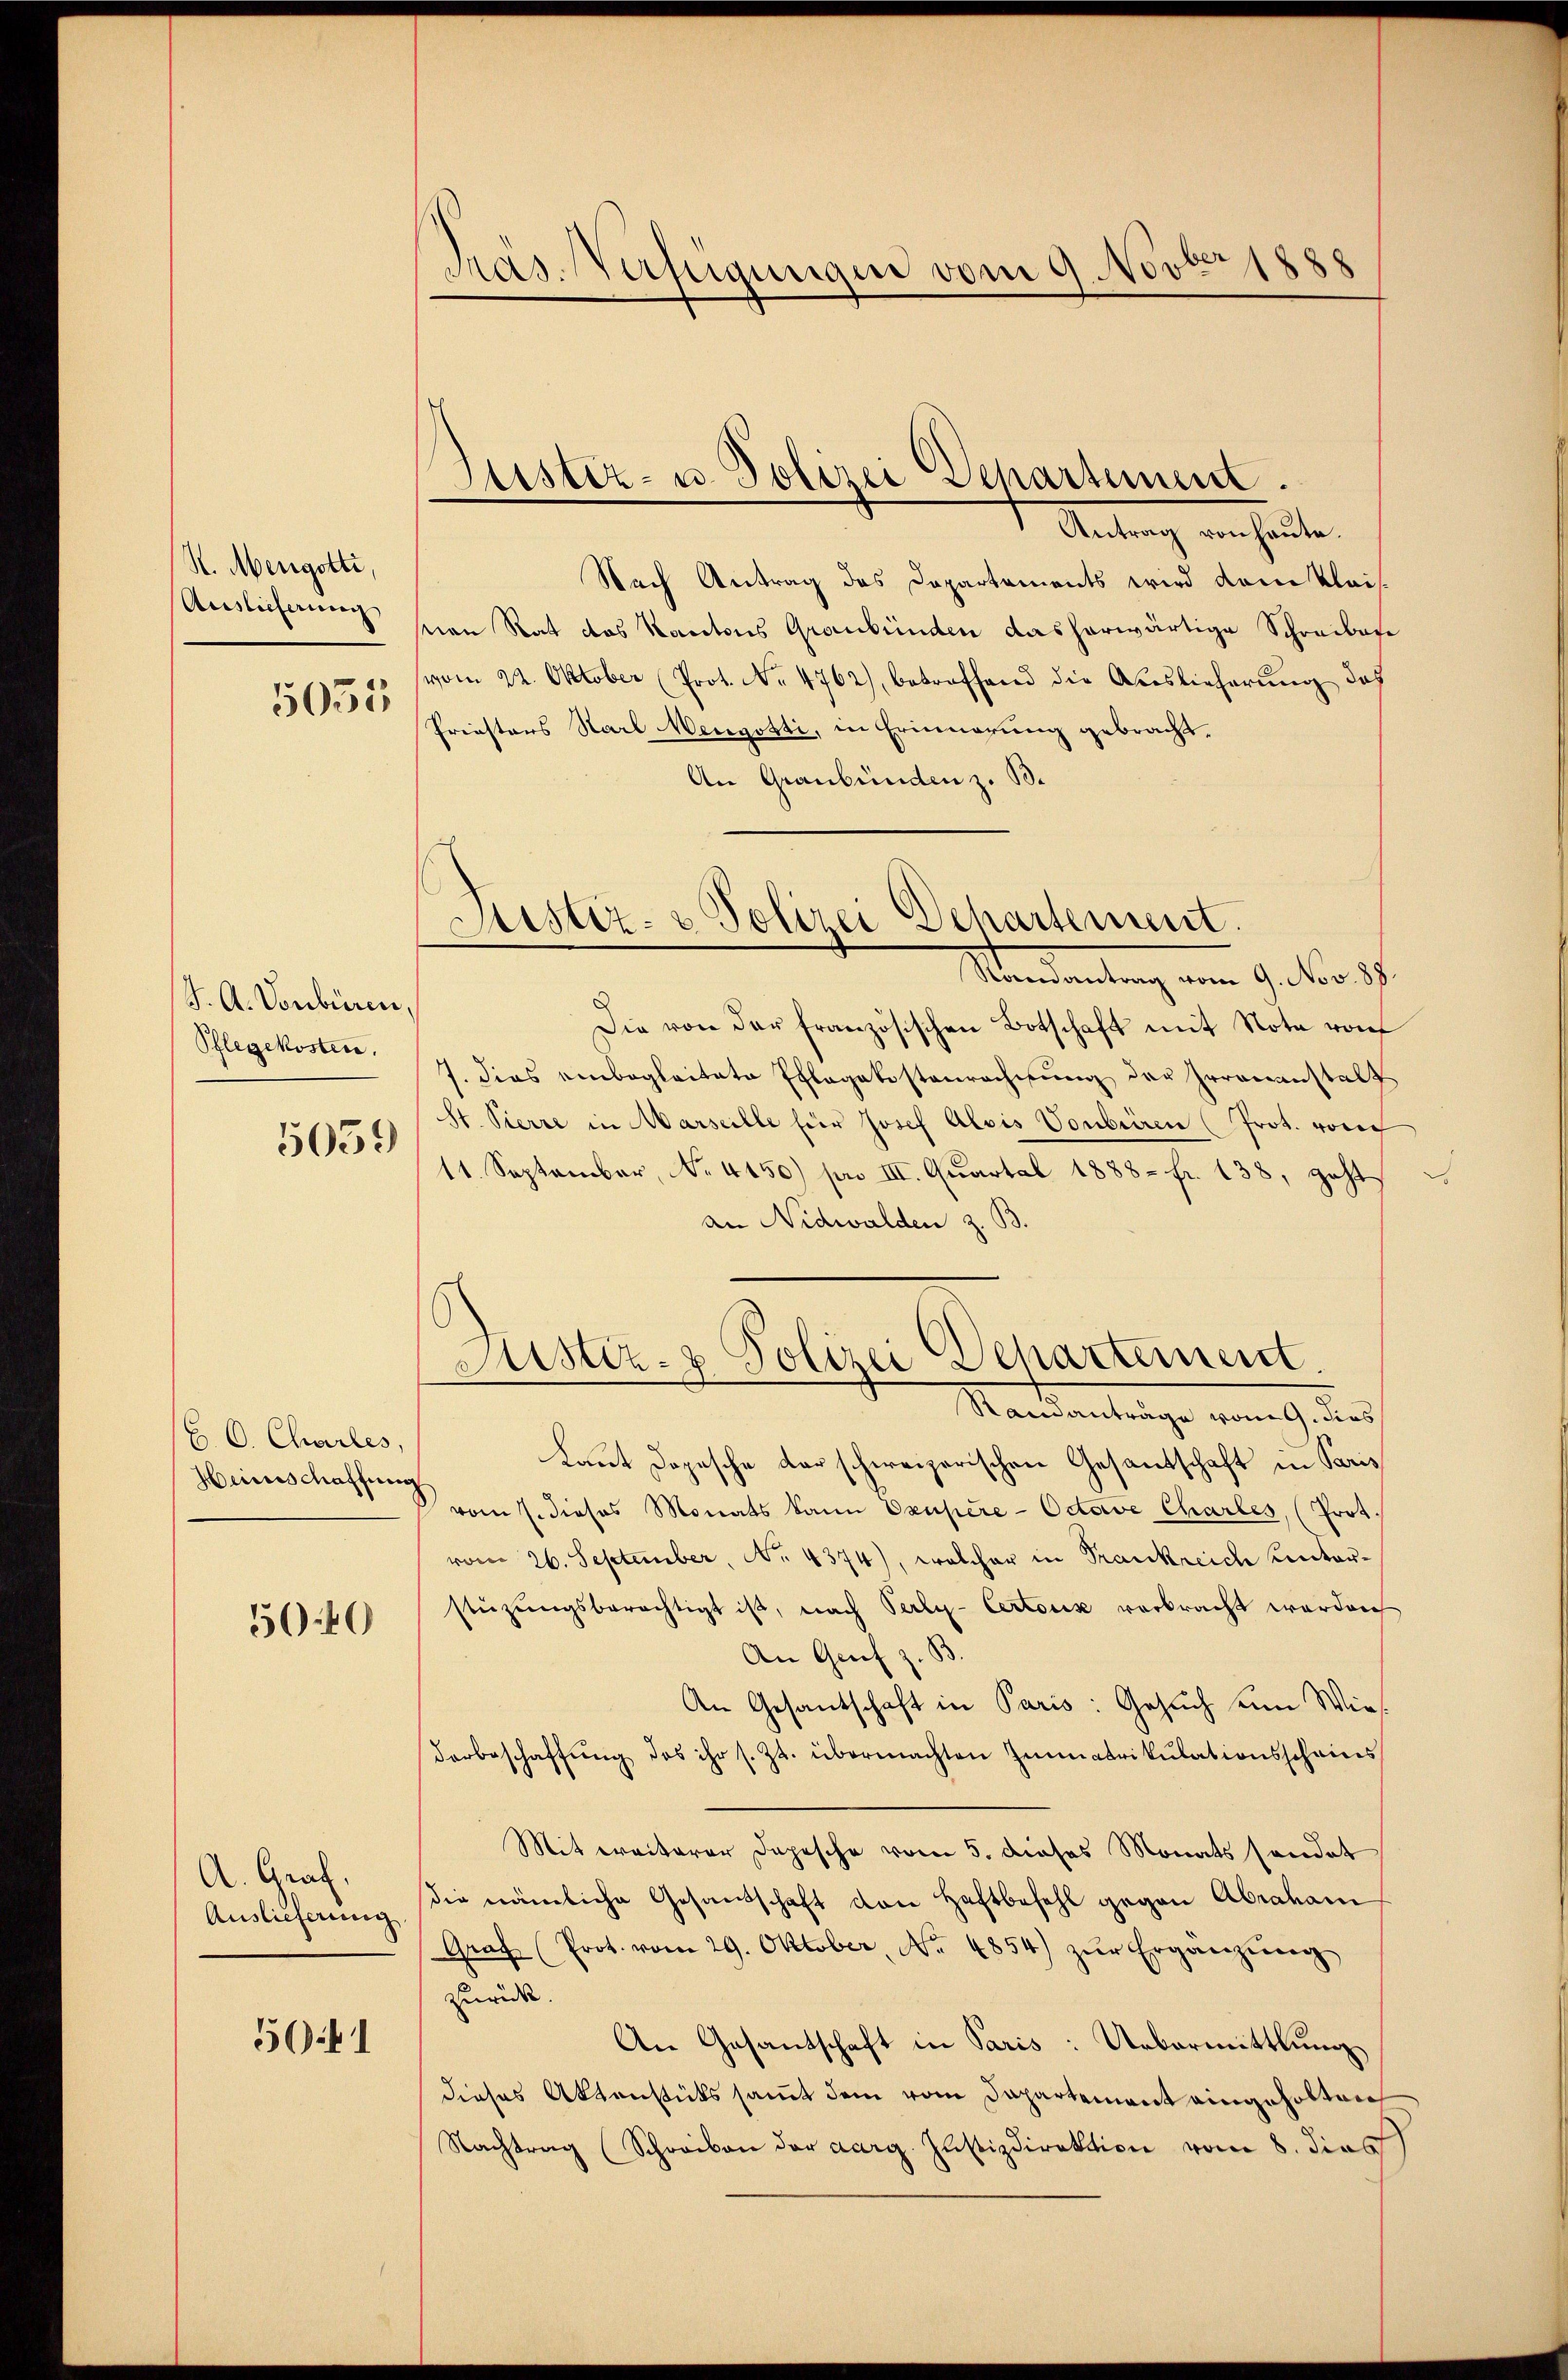
S. Mengotti,
Auslieferung
5055

J. A. Vonbüren,
Pflegekosten.
5059

C. C. Charles,
Heinschaffung

5040

A. Graf.
Auslieferung

5641

Präs. Verfügungen vom 9. Novber 1888

Justiz- u. Polizei Separtement.

Antrag von heute.
Nach Antrag des Departements wird dem kleistian Rat das Kantons Graubünden das herwärtige Schreiben
vom 22. Oktober (Prot. No 4762), betreffend die Auslieferung des
Priesters Karl Nengotti, in Erinnerung gebracht.
An Graubünden z. B.
Raenantrag vom 9. Nov. 88.
Die von der französischen Botschaft mit Note von
7. dies einbegleitete Pflegekostenrechnung der Irrenanstalt
St. Pierre in Marseille für Josef Alois Vorberen (Prot. von
11. September, No. 4150) pro III. Quartal 1888. fr. 138, geht,
an Nidwalden z. B.
Astiz- & Polizei Departement.
Mandantrage einmal des
Laut Dopesche der schweizerischen Gesandtschaft in Paris
vom 7. dieses Monats kann Oxupere-Octave Chartes, (Prot.
vom 26. September, No. 4374), welcher in Trankreide unterstüzungsberechtigt ist, nach Perly-Certonis verbracht werden
An Genf z. B.
An Gesantschaft in Paris: Gesuch um Wies
darbeschaffŭng des ihr s. Zt. übermachten Immatrikŭlationsscheins
Mit ereiterer Depesche vom 5. dieses Monats sendet
die nämliche Gesandschaft von Haftbefehl gegen Abraham
Graf (Prot. vom 29. Oktober, No. 4854) zŭr Ergänzŭng
zurück.
An Gesandschaft in Paris: Uebermittlung
dieses Aktenstüks sammt dem vom Dapartement eingeholten
Nachtrag (Schreiben der aarg. Justizdirektion vom 8. dies

Justiz- & Polizei Departement.